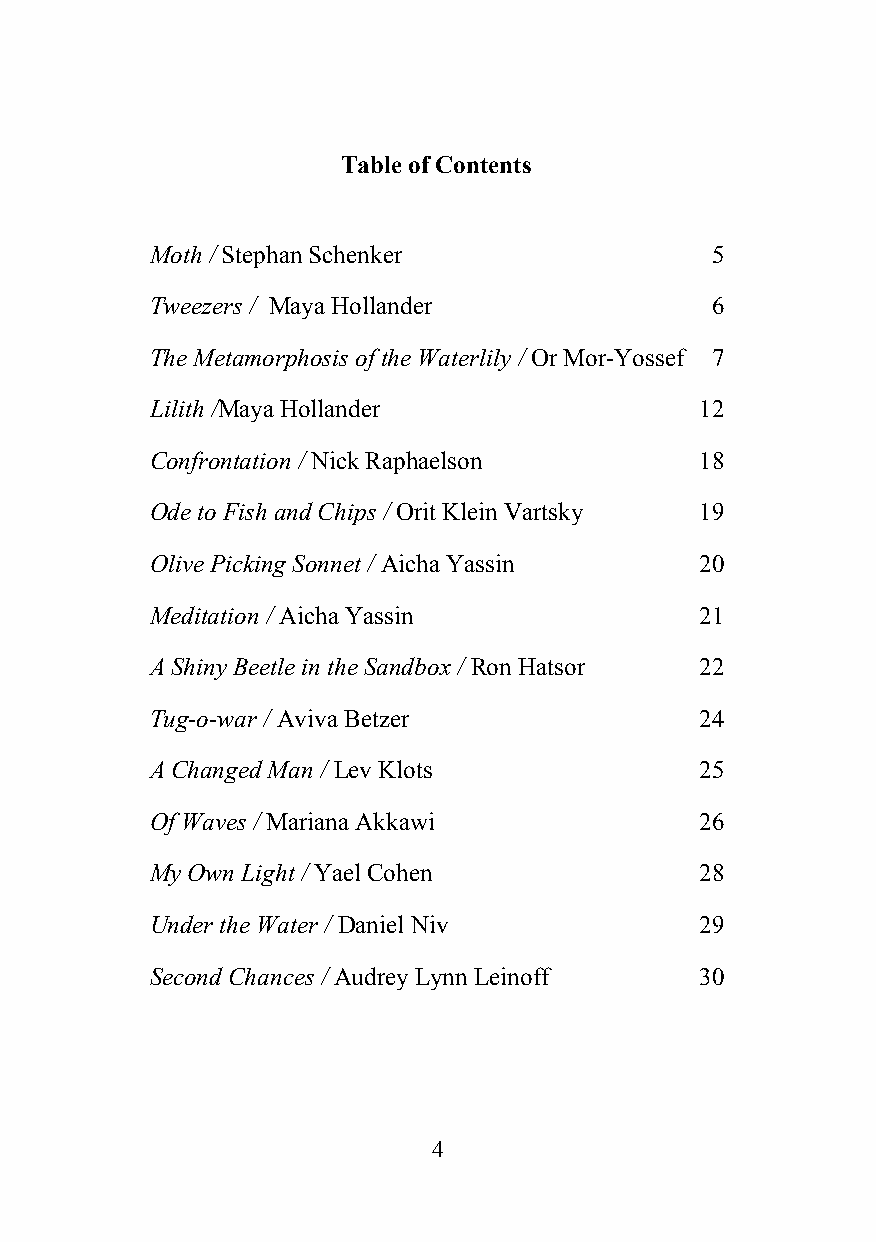
Table of Contents
 Moth / Stephan Schenker              5
 ​ ​
 Tweezers / Maya Hollander            6
 ​
 The Metamorphosis of the Waterlily / Or Mor-Yossef 7
 ​
 Lilith /Maya Hollander              12
 ​ ​
 Confrontation / Nick Raphaelson     18
 ​
 Ode to Fish and Chips / Orit Klein Vartsky 19
 ​
 Olive Picking Sonnet / Aicha Yassin 20
 ​
 Meditation / Aicha Yassin           21
 ​
 A Shiny Beetle in the Sandbox / Ron Hatsor 22
 ​
 Tug-o-war / Aviva Betzer            24
 ​
 A Changed Man / Lev Klots           25
 ​
 Of Waves / Mariana Akkawi           26
 ​
 My Own Light / Yael Cohen           28
 ​
 Under the Water / Daniel Niv        29
 ​
 Second Chances / Audrey Lynn Leinoff 30
 ​
 4